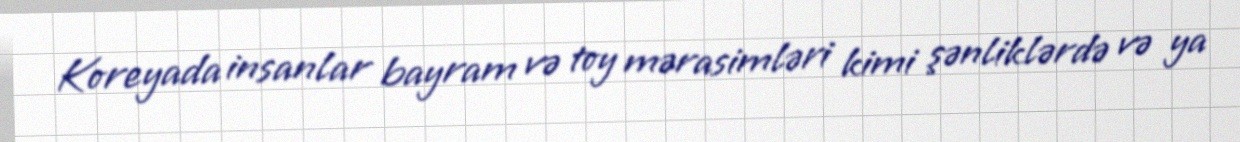
Koreyada insanlar bayram və toy mərasimləri kimi şənliklərdə və ya